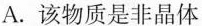
A.该物质是非晶体